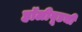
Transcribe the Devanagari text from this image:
हॉलीवूडची